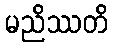
မညိဿတိ